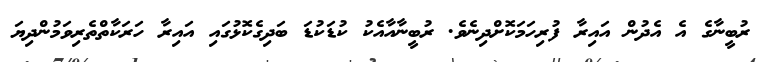
ރުބީނާގެ އެ އެދުން އައިރާ ފުރިހަމަކޮށްދިނެވެ. ރުބީނާއާއެކު ކުޑަކުޑަ ބަދިގެކޮޅުގައި އައިރާ ހަރަކާތްތެރިވަމުންދިޔަ